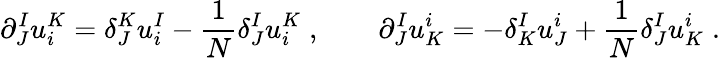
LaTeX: \partial_{J}^{I}u_{i}^{K}=\delta_{J}^{K}u_{i}^{I}-{\frac{1}{N}}\delta_{J}^{I}u_{i}^{K}\; ,\qquad\partial_{J}^{I}u_{K}^{i}=-\delta_{K}^{I}u_{J}^{i}+{\frac{1}{N}}\delta_{J}^{I}u_{K}^{i}\; .